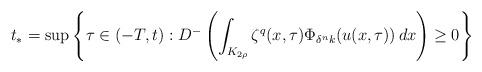
LaTeX: \begin{align*}t_*=\sup\left\{\tau\in(-T,t): D^-\left( \int_{K_{2\rho}} \zeta^q(x,\tau)\Phi_{\delta^nk} (u(x,\tau))\, dx \right) \ge0 \right\}\end{align*}